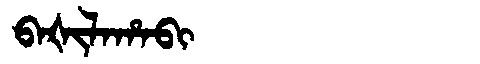
Manchu: ᠪᠠᡧᡳᠯᠠᡥᠠᠪᡳ
Romanization: BAŠILAHABI